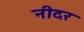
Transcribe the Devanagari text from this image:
नीदर